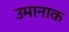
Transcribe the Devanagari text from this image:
उमानाक